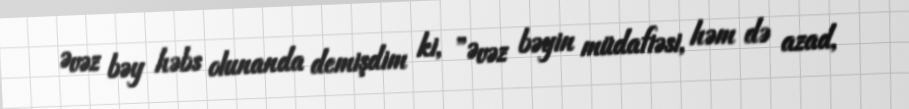
Əvəz bəy həbs olunanda demişdim ki, ”Əvəz bəyin müdafiəsi, həm də azad,